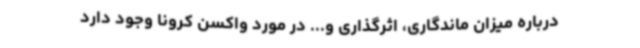
درباره میزان ماندگاری، اثرگذاری و... در مورد واکسن کرونا وجود دارد